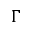
\Gamma